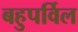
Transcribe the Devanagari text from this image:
बहुपर्विल